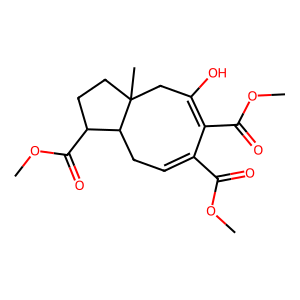
SMILES: COC(=O)C1=CCC2C(C(=O)OC)CCC2(C)CC(O)=C1C(=O)OC
Inhibits HIV replication: No